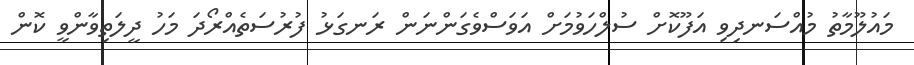
މައުލޫމާތު މުއްސަނދިވި އަފޫކޮށް ސުލްހަވުމަށް އަވަސްވެގަންނަން ރަނގަޅު ފުރުސަތެއްރޯދަ މަހު ދީލަތިވާންވީ ކޮން